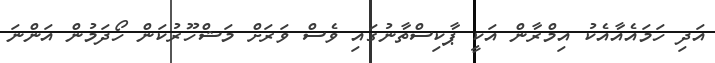
އަދި ހަމައެއާއެކު އިމްރާން އަކީ ޕާކިސްތާނުގައި ވެސް ވަރަށް މަޝްހޫރުކަން ހޯދަމުން އަންނަ